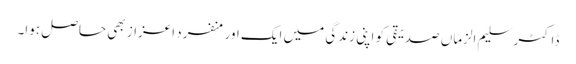
ڈاکٹر سلیم الزماں صدیقی کو اپنی زندگی میں ایک اور منفرد اعزاز بھی حاصل ہوا۔